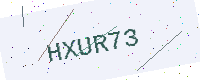
Text: HXUR73